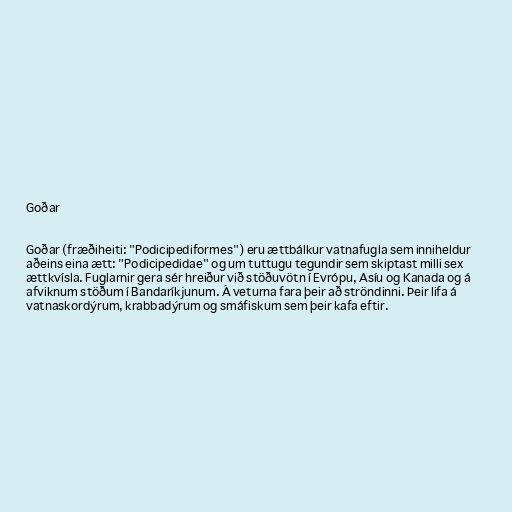
Goðar

Goðar (fræðiheiti: "Podicipediformes") eru ættbálkur vatnafugla sem inniheldur
aðeins eina ætt: "Podicipedidae" og um tuttugu tegundir sem skiptast milli sex
ættkvísla. Fuglarnir gera sér hreiður við stöðuvötn í Evrópu, Asíu og Kanada og á
afviknum stöðum í Bandaríkjunum. Á veturna fara þeir að ströndinni. Þeir lifa á
vatnaskordýrum, krabbadýrum og smáfiskum sem þeir kafa eftir.